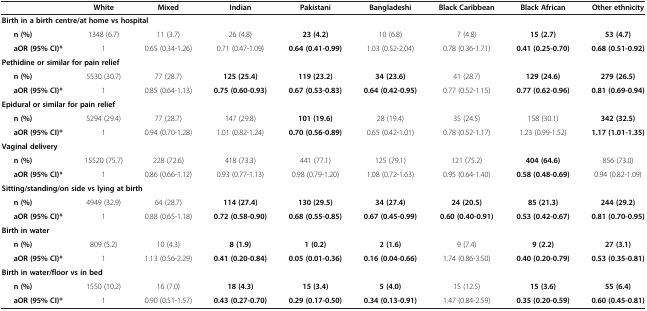
<table><thead><tr><td><b> </b></td><td><b>White</b></td><td><b>Mixed</b></td><td><b>Indian</b></td><td><b>Pakistani</b></td><td><b>Bangladeshi</b></td><td><b>Black Caribbean</b></td><td><b>Black African</b></td><td><b>Other ethnicity</b></td></tr></thead><tbody><tr><td colspan="9"><b>Birth in a birth centre/at home vs hospital</b></td></tr><tr><td><b>n (%)</b></td><td>1348 (6.7)</td><td>11 (3.7)</td><td>26 (4.8)</td><td><b>23 (4.2)</b></td><td>10 (6.8)</td><td>7 (4.8)</td><td><b>15 (2.7)</b></td><td><b>53 (4.7)</b></td></tr><tr><td><b>aOR (95% CI)*</b></td><td>1</td><td>0.65 (0.34-1.26)</td><td>0.71 (0.47-1.09)</td><td><b>0.64 (0.41-0.99)</b></td><td>1.03 (0.52-2.04)</td><td>0.78 (0.36-1.71)</td><td><b>0.41 (0.25-0.70)</b></td><td><b>0.68 (0.51-0.92)</b></td></tr><tr><td colspan="9"><b>Pethidine or similar for pain relief</b></td></tr><tr><td><b>n (%)</b></td><td>5530 (30.7)</td><td>77 (28.7)</td><td><b>125 (25.4)</b></td><td><b>119 (23.2)</b></td><td><b>34 (23.6)</b></td><td>41 (28.7)</td><td><b>129 (24.6)</b></td><td><b>279 (26.5)</b></td></tr><tr><td><b>aOR (95% CI)*</b></td><td>1</td><td>0.85 (0.64-1.13)</td><td><b>0.75 (0.60-0.93)</b></td><td><b>0.67 (0.53-0.83)</b></td><td><b>0.64 (0.42-0.95)</b></td><td>0.77 (0.52-1.15)</td><td><b>0.77 (0.62-0.96)</b></td><td><b>0.81 (0.69-0.94)</b></td></tr><tr><td colspan="9"><b>Epidural or similar for pain relief</b></td></tr><tr><td><b>n (%)</b></td><td>5294 (29.4)</td><td>77 (28.7)</td><td>147 (29.8)</td><td><b>101 (19.6)</b></td><td>28 (19.4)</td><td>35 (24.5)</td><td>158 (30.1)</td><td><b>342 (32.5)</b></td></tr><tr><td><b>aOR (95% CI)*</b></td><td>1</td><td>0.94 (0.70-1.28)</td><td>1.01 (0.82-1.24)</td><td><b>0.70 (0.56-0.89)</b></td><td>0.65 (0.42-1.01)</td><td>0.78 (0.52-1.17)</td><td>1.23 (0.99-1.52)</td><td><b>1.17 (1.01-1.35)</b></td></tr><tr><td colspan="9"><b>Vaginal delivery</b></td></tr><tr><td><b>n (%)</b></td><td>15520 (75.7)</td><td>228 (72.6)</td><td>418 (73.3)</td><td>441 (77.1)</td><td>125 (79.1)</td><td>121 (75.2)</td><td><b>404 (64.6)</b></td><td>856 (73.0)</td></tr><tr><td><b>aOR (95% CI)*</b></td><td>1</td><td>0.86 (0.66-1.12)</td><td>0.93 (0.77-1.13)</td><td>0.98 (0.79-1.20)</td><td>1.08 (0.72-1.63)</td><td>0.95 (0.64-1.40)</td><td><b>0.58 (0.48-0.69)</b></td><td>0.94 (0.82-1.09)</td></tr><tr><td colspan="9"><b>Sitting/standing/on side vs lying at birth</b></td></tr><tr><td><b>n (%)</b></td><td>4949 (32.9)</td><td>64 (28.7)</td><td><b>114 (27.4)</b></td><td><b>130 (29.5)</b></td><td><b>34 (27.4)</b></td><td><b>24 (20.5)</b></td><td><b>85 (21.3)</b></td><td><b>244 (29.2)</b></td></tr><tr><td><b>aOR (95% CI)*</b></td><td>1</td><td>0.88 (0.65-1.18)</td><td><b>0.72 (0.58-0.90)</b></td><td><b>0.68 (0.55-0.85)</b></td><td><b>0.67 (0.45-0.99)</b></td><td><b>0.60 (0.40-0.91)</b></td><td><b>0.53 (0.42-0.67)</b></td><td><b>0.81 (0.70-0.95)</b></td></tr><tr><td colspan="9"><b>Birth in water</b></td></tr><tr><td><b>n (%)</b></td><td>809 (5.2)</td><td>10 (4.3)</td><td><b>8 (1.9)</b></td><td><b>1 (0.2)</b></td><td><b>2 (1.6)</b></td><td>9 (7.4)</td><td><b>9 (2.2)</b></td><td><b>27 (3.1)</b></td></tr><tr><td><b>aOR (95% CI)*</b></td><td>1</td><td>1.13 (0.56-2.29)</td><td><b>0.41 (0.20-0.84)</b></td><td><b>0.05 (0.01-0.36)</b></td><td><b>0.16 (0.04-0.66)</b></td><td>1.74 (0.86-3.50)</td><td><b>0.40 (0.20-0.79)</b></td><td><b>0.53 (0.35-0.81)</b></td></tr><tr><td colspan="9"><b>Birth in water/floor vs in bed</b></td></tr><tr><td><b>n (%)</b></td><td>1550 (10.2)</td><td>16 (7.0)</td><td><b>18 (4.3)</b></td><td><b>15 (3.4)</b></td><td><b>5 (4.0)</b></td><td>15 (12.5)</td><td><b>15 (3.6)</b></td><td><b>55 (6.4)</b></td></tr><tr><td><b>aOR (95% CI)*</b></td><td>1</td><td>0.90 (0.51-1.57)</td><td><b>0.43 (0.27-0.70)</b></td><td><b>0.29 (0.17-0.50)</b></td><td><b>0.34 (0.13-0.91)</b></td><td>1.47 (0.84-2.59)</td><td><b>0.35 (0.20-0.59)</b></td><td><b>0.60 (0.45-0.81)</b></td></tr></tbody></table>